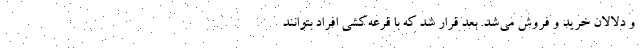
و دلالان خرید و فروش می‌شد. بعد قرار شد که با قرعه‌کشی افراد بتوانند